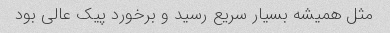
مثل همیشه بسیار سریع رسید و برخورد پیک عالی بود